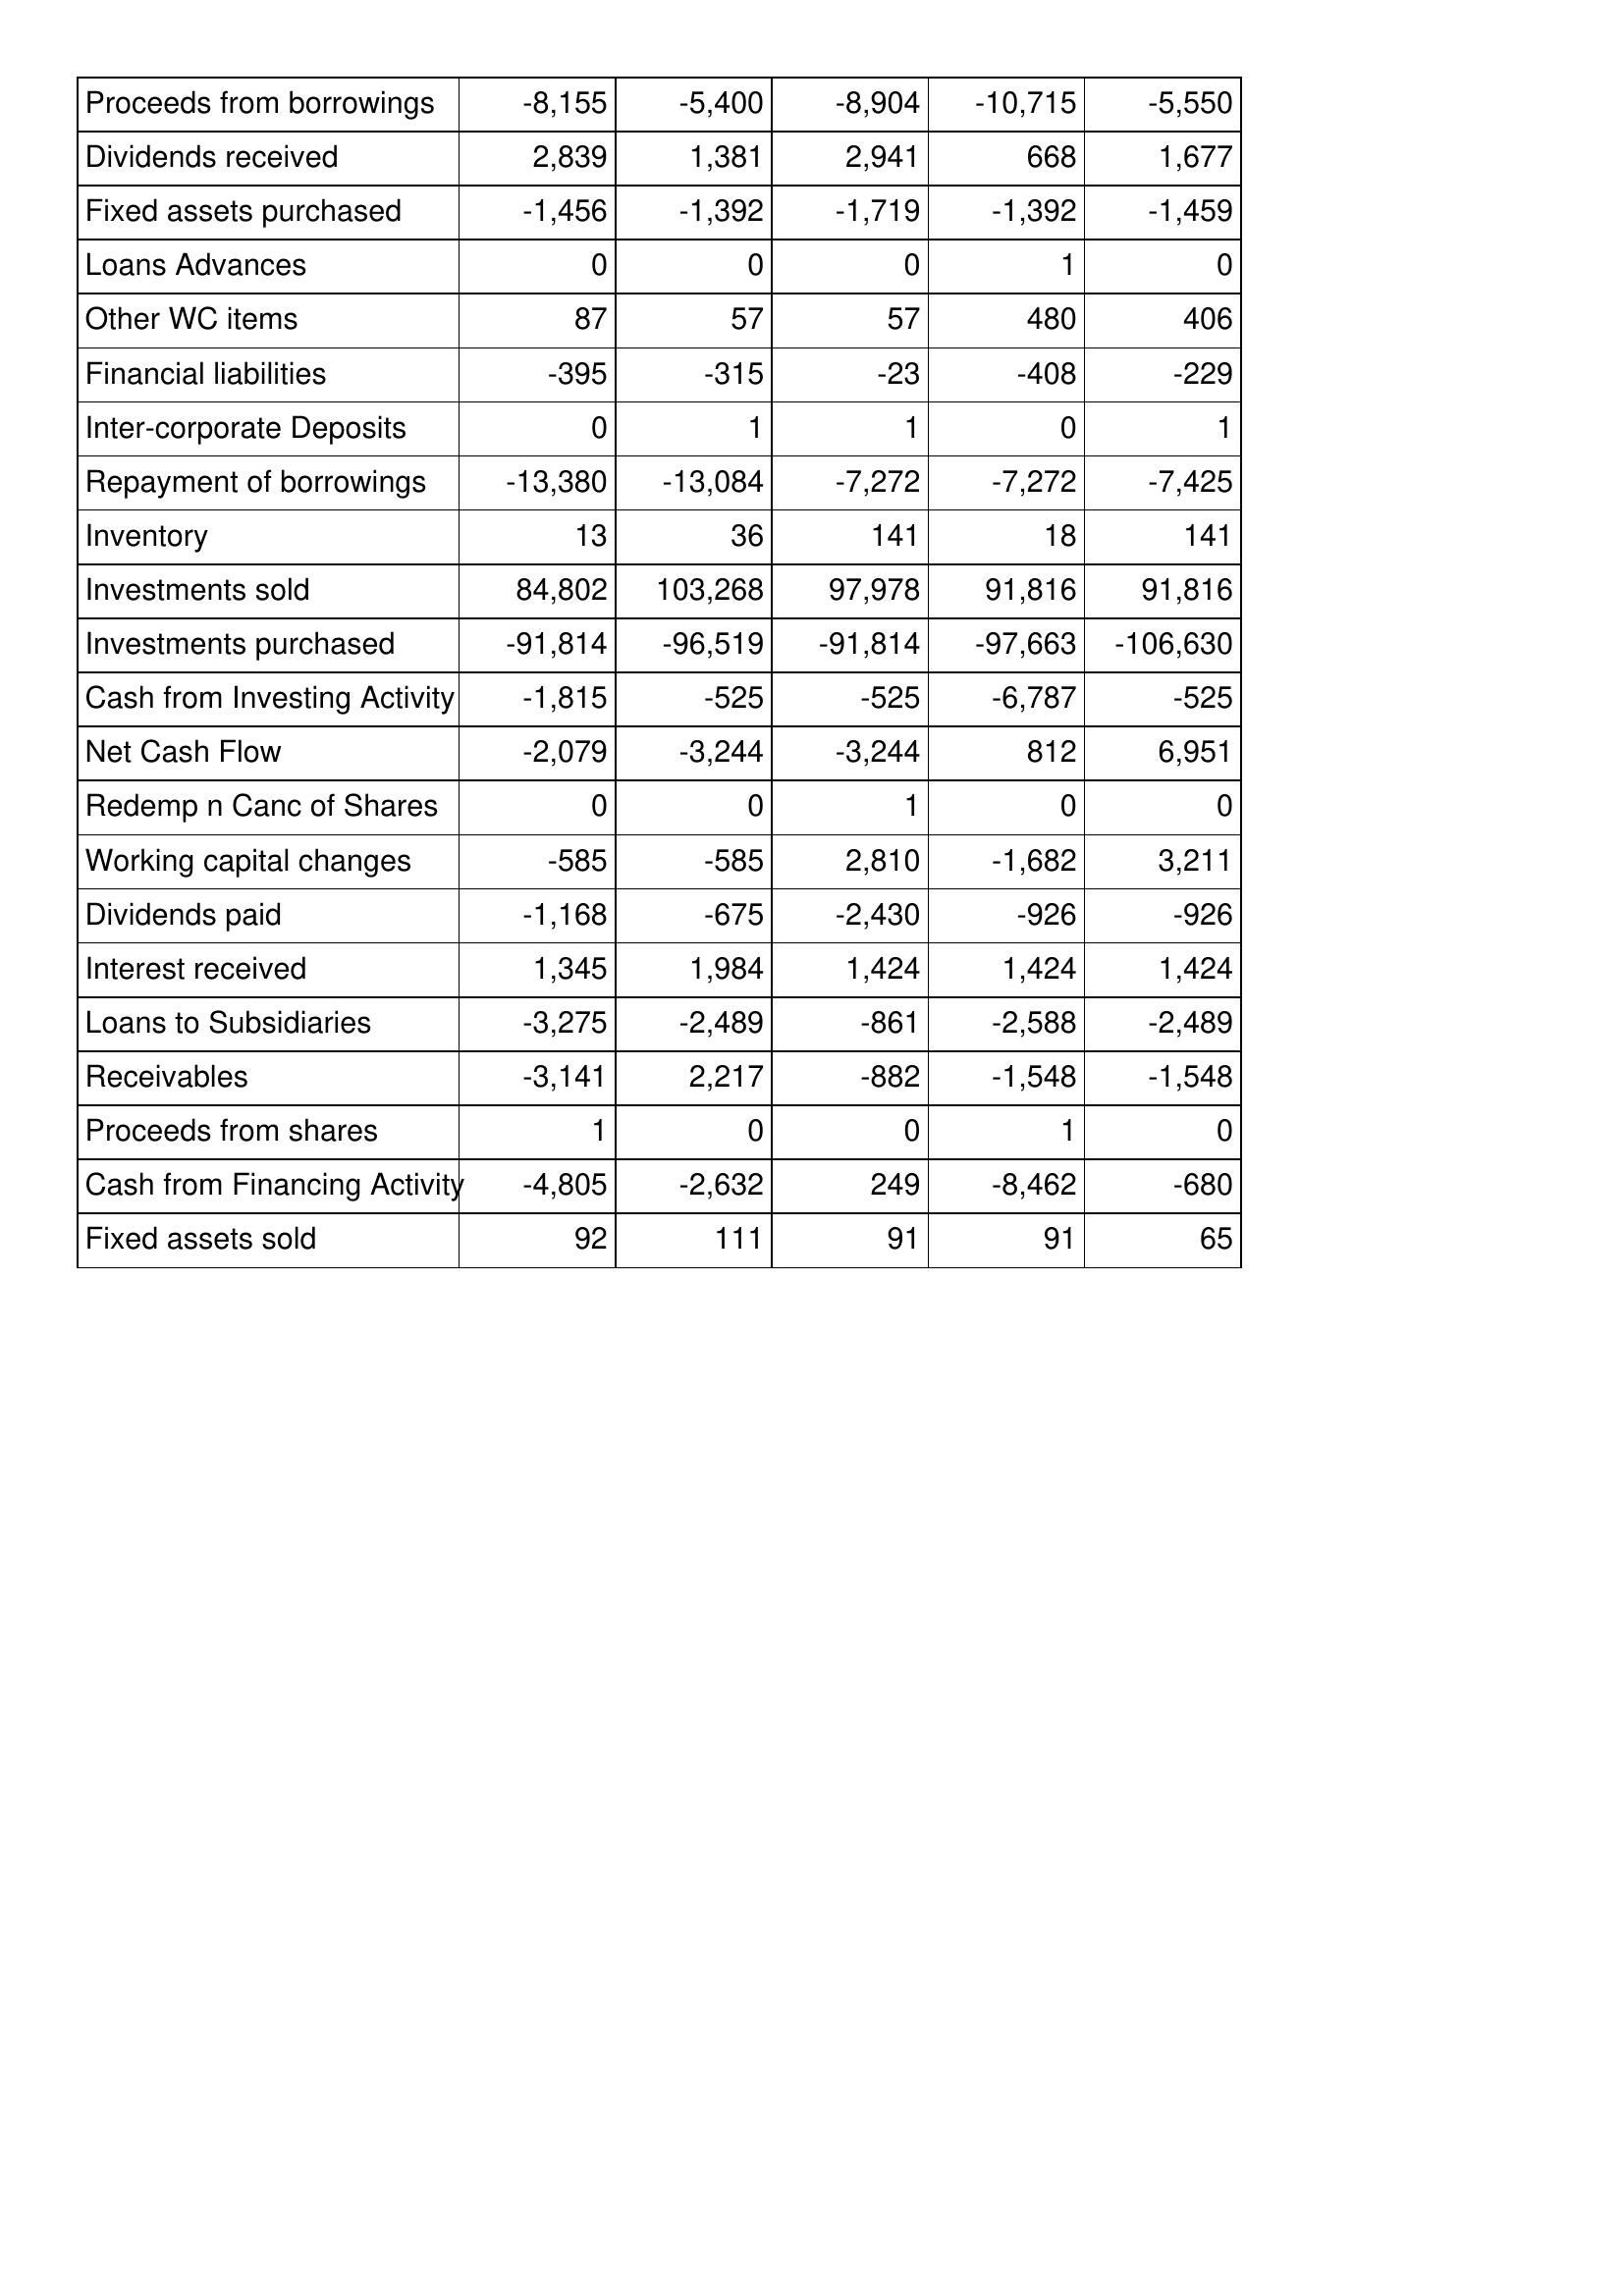
Apr-02: Cash Flows: Proceeds from borrowings: -8,155
Dividends received: 2,839
Fixed assets purchased: -1,456
Loans Advances: 0
Other WC items: 87
Financial liabilities: -395
Inter-corporate Deposits: 0
Repayment of borrowings: -13,380
Inventory: 13
Investments sold: 84,802
Investments purchased: -91,814
Cash from Investing Activity: -1,815
Net Cash Flow: -2,079
Redemp n Canc of Shares: 0
Working capital changes: -585
Dividends paid: -1,168
Interest received: 1,345
Loans to Subsidiaries: -3,275
Receivables: -3,141
Proceeds from shares: 1
Cash from Financing Activity: -4,805
Fixed assets sold: 92
Apr-01: Cash Flows: Proceeds from borrowings: -5,400
Dividends received: 1,381
Fixed assets purchased: -1,392
Loans Advances: 0
Other WC items: 57
Financial liabilities: -315
Inter-corporate Deposits: 1
Repayment of borrowings: -13,084
Inventory: 36
Investments sold: 103,268
Investments purchased: -96,519
Cash from Investing Activity: -525
Net Cash Flow: -3,244
Redemp n Canc of Shares: 0
Working capital changes: -585
Dividends paid: -675
Interest received: 1,984
Loans to Subsidiaries: -2,489
Receivables: 2,217
Proceeds from shares: 0
Cash from Financing Activity: -2,632
Fixed assets sold: 111
Apr-00: Cash Flows: Proceeds from borrowings: -8,904
Dividends received: 2,941
Fixed assets purchased: -1,719
Loans Advances: 0
Other WC items: 57
Financial liabilities: -23
Inter-corporate Deposits: 1
Repayment of borrowings: -7,272
Inventory: 141
Investments sold: 97,978
Investments purchased: -91,814
Cash from Investing Activity: -525
Net Cash Flow: -3,244
Redemp n Canc of Shares: 1
Working capital changes: 2,810
Dividends paid: -2,430
Interest received: 1,424
Loans to Subsidiaries: -861
Receivables: -882
Proceeds from shares: 0
Cash from Financing Activity: 249
Fixed assets sold: 91
Apr-99: Cash Flows: Proceeds from borrowings: -10,715
Dividends received: 668
Fixed assets purchased: -1,392
Loans Advances: 1
Other WC items: 480
Financial liabilities: -408
Inter-corporate Deposits: 0
Repayment of borrowings: -7,272
Inventory: 18
Investments sold: 91,816
Investments purchased: -97,663
Cash from Investing Activity: -6,787
Net Cash Flow: 812
Redemp n Canc of Shares: 0
Working capital changes: -1,682
Dividends paid: -926
Interest received: 1,424
Loans to Subsidiaries: -2,588
Receivables: -1,548
Proceeds from shares: 1
Cash from Financing Activity: -8,462
Fixed assets sold: 91
Apr-98: Cash Flows: Proceeds from borrowings: -5,550
Dividends received: 1,677
Fixed assets purchased: -1,459
Loans Advances: 0
Other WC items: 406
Financial liabilities: -229
Inter-corporate Deposits: 1
Repayment of borrowings: -7,425
Inventory: 141
Investments sold: 91,816
Investments purchased: -106,630
Cash from Investing Activity: -525
Net Cash Flow: 6,951
Redemp n Canc of Shares: 0
Working capital changes: 3,211
Dividends paid: -926
Interest received: 1,424
Loans to Subsidiaries: -2,489
Receivables: -1,548
Proceeds from shares: 0
Cash from Financing Activity: -680
Fixed assets sold: 65